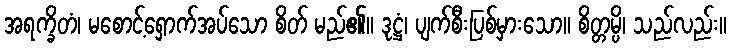
အရက္ခိတံ၊ မစောင့်ရှောက်အပ်သော စိတ် မည်၏။ ဒုဋ္ဌံ၊ ပျက်စီးပြစ်မှားသော။ စိတ္တမ္ပိ၊ သည်လည်း။